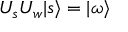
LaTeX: U _ { s } U _ { w } | s \rangle = | \omega \rangle